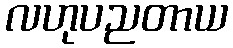
လဟုပညတာယ